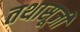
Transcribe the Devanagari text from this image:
तथासूजी